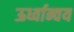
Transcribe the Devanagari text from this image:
ऊर्ध्वान्वय